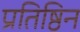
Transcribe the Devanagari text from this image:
प्रतिष्ठिन